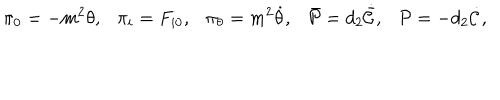
LaTeX: \pi _ { 0 } = - m ^ { 2 } \theta , \pi _ { i } = F _ { i 0 } , \pi _ { \theta } = m ^ { 2 } \dot { \theta } , \bar { \cal P } = d _ { 2 } \dot { \bar { \cal C } } , { \cal P } = - d _ { 2 } \dot { \cal C } ,